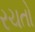
રચતો